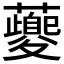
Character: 𧃰